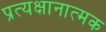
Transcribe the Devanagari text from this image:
प्रत्यक्षानात्मक